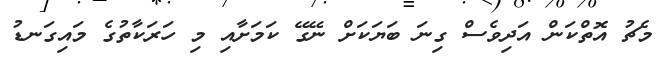
މެޗު އޮތްކަން އަދިވެސް ގިނަ ބަޔަކަށް ނޭގޭ ކަމަށާއި މި ހަރަކާތުގެ މައިގަނޑު